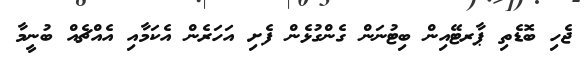
ޖެހި ބޮޑެތި ޕާރޓޭއިން ބިޓުނަން ގެންގުޅެން ފެށި އަހަރެން އެކަމާއި އެއްޗެއް ބުނީމާ